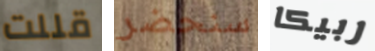
قللت سنحضر ربيكا